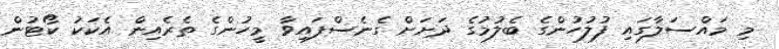
މި މައްސަލާގައި ފުލުހުންގެ ބެލުމުގެ ދަށަށް ގެނެސްފައިވާ މީހުންގެ ތެރެއިން އެކަކު ކޯޓުން